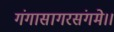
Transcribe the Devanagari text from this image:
गंगासागरसंगमे।।